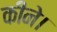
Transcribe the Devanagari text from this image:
कीने।